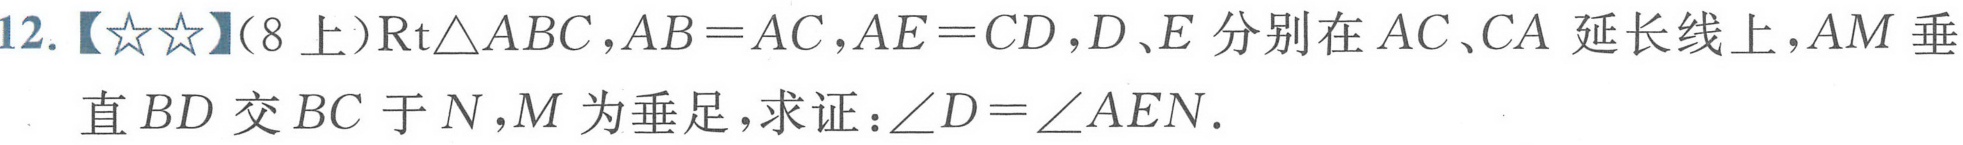
12.【★★】(8上)$\text{Rt}\triangle ABC$,$AB = AC$,$AE = CD$,$D、E$分别在$AC、CA$延长线上，$AM$垂直$BD$交$BC$于$N$，$M$为垂足，求证：$\angle D=\angle AEN$.